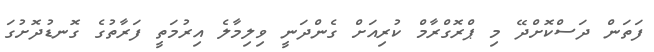
ފަތަން ދަސްކޮށްދޭ މި ޕްރޮގްރާމް ކުރިއަށް ގެންދަނީ ވިލިމާލެ އިރުމަތީ ފަރާތުގެ ގޮނޑުދޮށުގަ